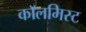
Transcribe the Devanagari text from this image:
कॉलमिस्ट